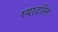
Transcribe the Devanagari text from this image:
स्यादस्ति